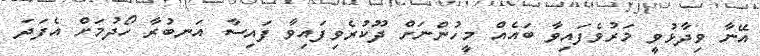
އޭނާ ވިދާޅުވީ މަރުވެފައިވާ ބައެއް މީހުންނަށް ދޫކުރެވިފައިވާ ފައިސާ އަނބުރާ ހޯދުމަށް އެފަދަ